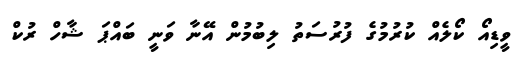
ވީޑިއޯ ކޯލެއް ކުރުމުގެ ފުރުސަތު ލިބުމުން އޭނާ ވަނީ ބައްޕަ ޝާހް ރުކް